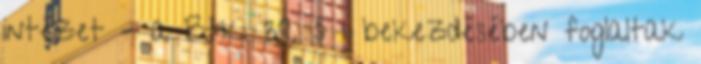
intézet – a Btk. 39. § 1 bekezdésében foglaltak